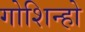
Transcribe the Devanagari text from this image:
गोशिन्हो